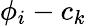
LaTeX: \phi_{i}-c_{k}